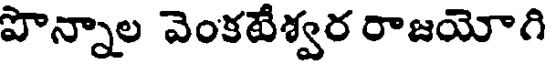
పొన్నాల వెంకటేశ్వర రాజయోగి